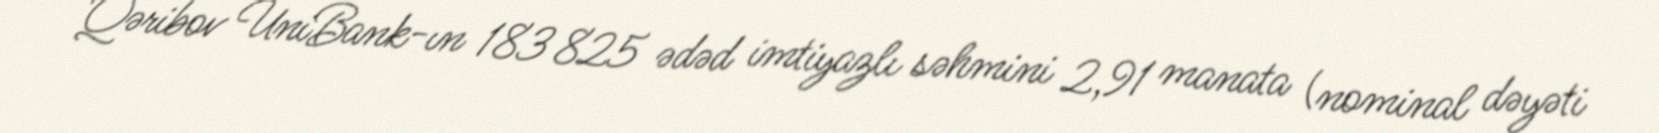
Qəribov UniBank-ın 183 825 ədəd imtiyazlı səhmini 2,91 manata (nominal dəyəti